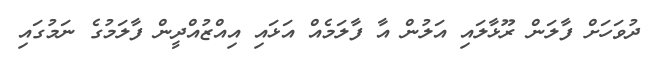
ދުވަހަށް ފާލަން ރޫޅާލައި އަލުން އާ ފާލަމެއް އަޅައި އިއްޒުއްދީން ފާލަމުގެ ނަމުގައި